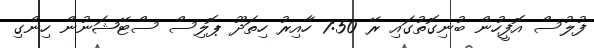
ފުލުސް އޮފީހުން ބުނިގޮތުގައި ރޭ 7:50 ހާއިރު ހިތަދޫ ޕޮލިސް ސްޓޭޝަނުން ހިންގި